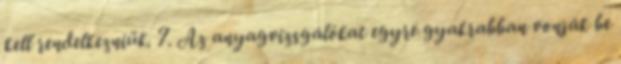
kell rendelkezniük. 7. Az anyagvizsgálókat egyre gyakrabban vonják be